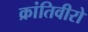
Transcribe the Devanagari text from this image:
क्रांतिवीरो